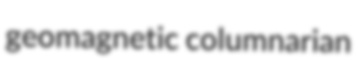
geomagnetic columnarian